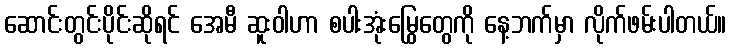
ဆောင်းတွင်းပိုင်းဆိုရင် အေမီ ဆူးဝါဟာ စပါးအုံးမြွေတွေကို နေ့ဘက်မှာ လိုက်ဖမ်းပါတယ်။